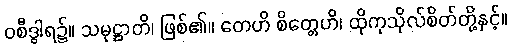
ဝစီဒွါရ၌။ သမုဋ္ဌာတိ၊ ဖြစ်၏။ တေဟိ စိတ္တေဟိ၊ ထိုကုသိုလ်စိတ်တို့နှင့်။